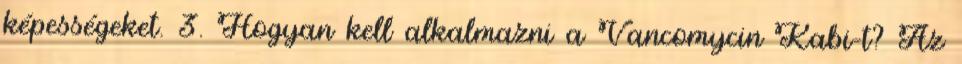
képességeket. 3. Hogyan kell alkalmazni a Vancomycin Kabi-t? Az